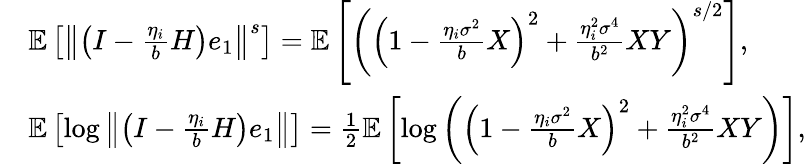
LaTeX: \begin{array}{rl}&{\mathbb{E}\left[\left\Vert\left(I-\frac{\eta_{i}}{b}H\right)e_{1}\right\Vert^{s}\right]=\mathbb{E}\left[\left(\left(1-\frac{\eta_{i}\sigma^{2}}{b}X\right)^{2}+\frac{\eta_{i}^{2}\sigma^{4}}{b^{2}}XY\right)^{s/2}\right],}\\ &{\mathbb{E}\left[\log\left\Vert\left(I-\frac{\eta_{i}}{b}H\right)e_{1}\right\Vert\right]=\frac{1}{2}\mathbb{E}\left[\log\left(\left(1-\frac{\eta_{i}\sigma^{2}}{b}X\right)^{2}+\frac{\eta_{i}^{2}\sigma^{4}}{b^{2}}XY\right)\right],}\end{array}